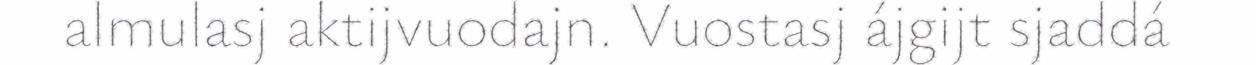
almulasj aktijvuodajn. Vuostasj ájgijt sjaddá